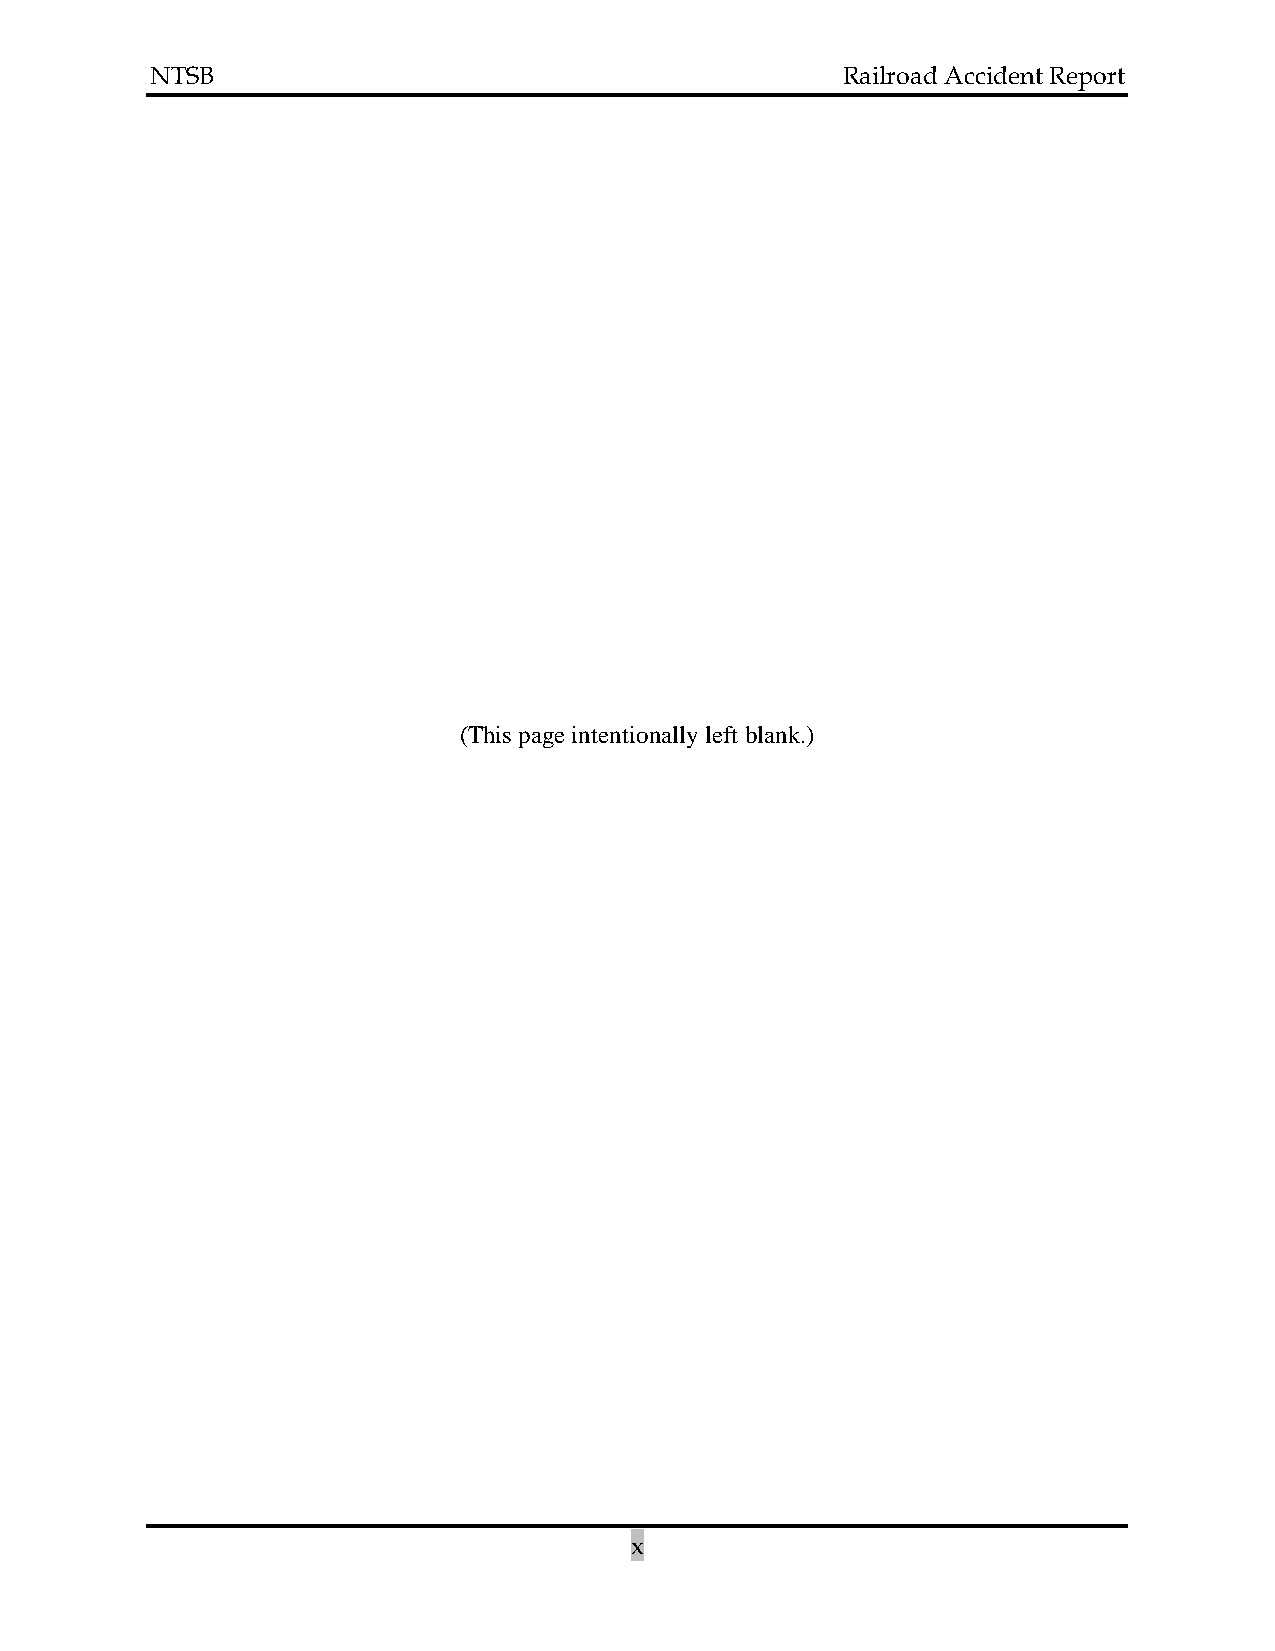
NTSB                                          Railroad Accident Report
 (This page intentionally left blank.)
 x